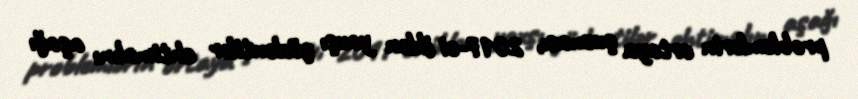
problemlərin ortaya çıxması, 2017-ci ildən yaxşı gözləntilər ehtimalını aşağı